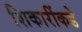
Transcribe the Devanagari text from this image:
शिकारींकडे